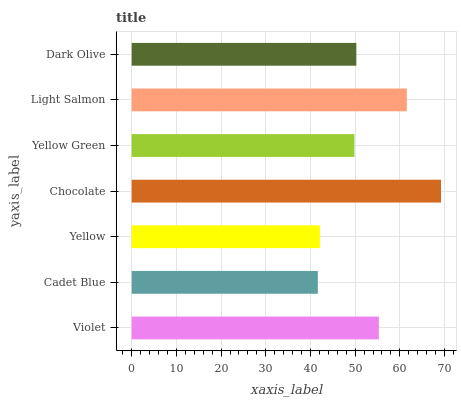
| yaxis_label | bars |
 | --- | --- |
 | Violet | 55.3 |
 | Cadet Blue | 41.6 |
 | Yellow | 42.1 |
 | Chocolate | 69.2 |
 | Yellow Green | 49.8 |
 | Light Salmon | 61.6 |
 | Dark Olive | 50.3 |